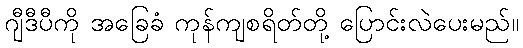
ဂျီဒီပီကို အခြေခံ ကုန်ကျစရိတ်တို့ ပြောင်းလဲပေးမည်။